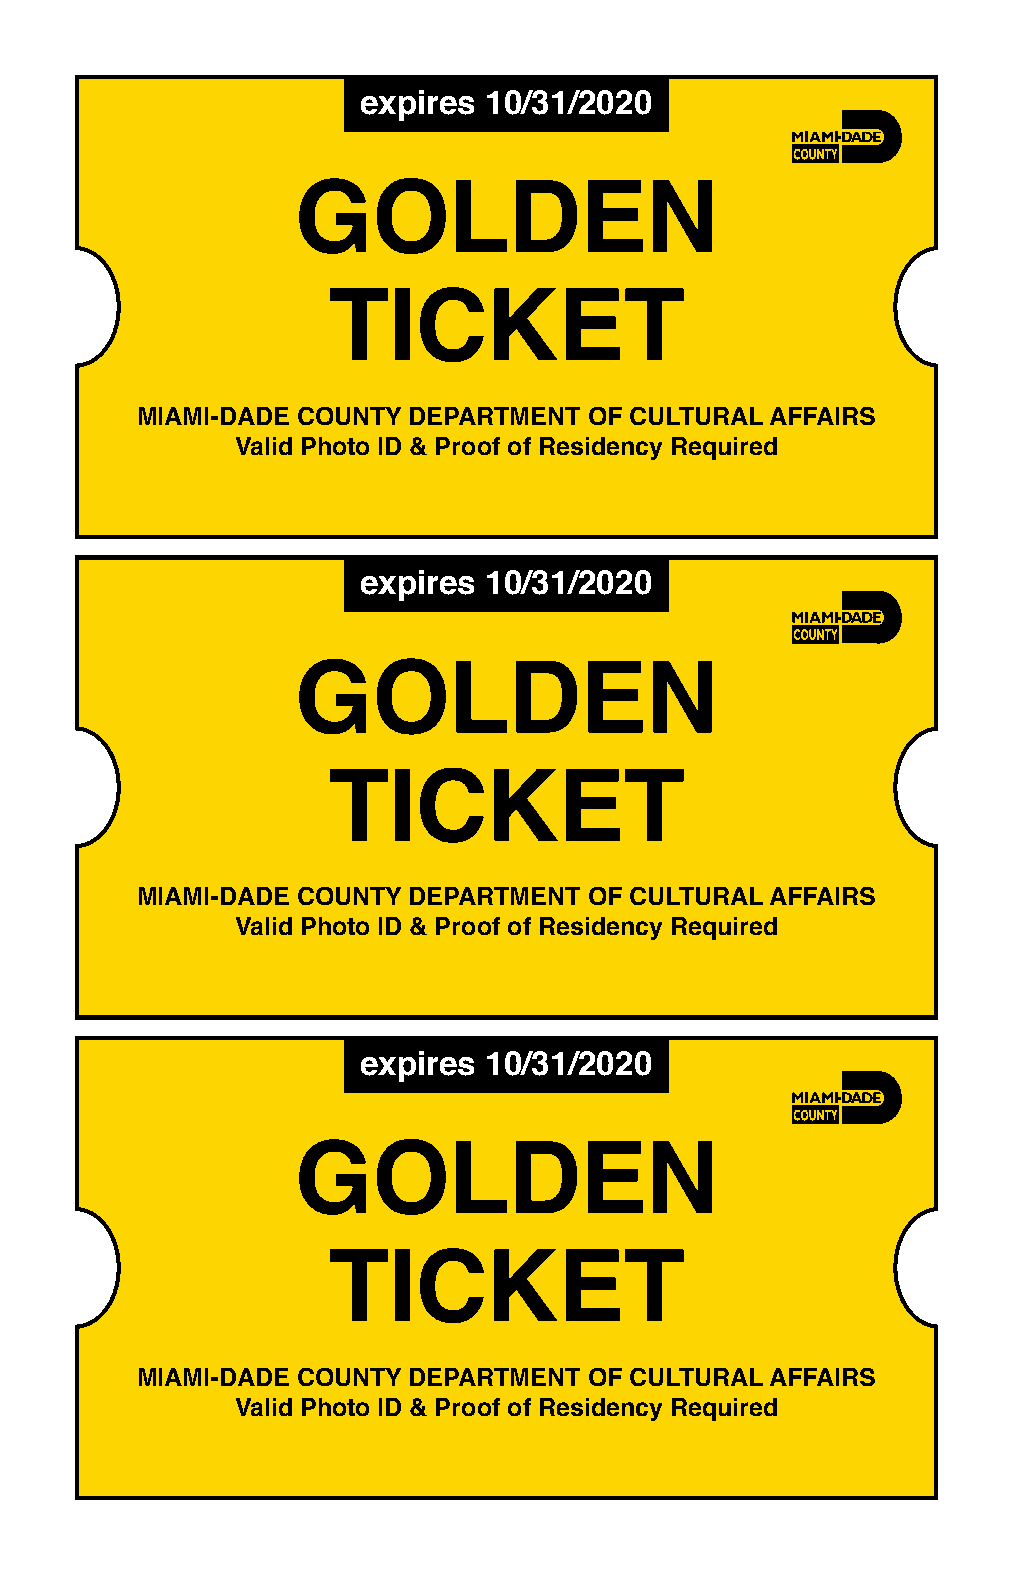
expires 10/31/2020
 GOLDEN
 TICKET
 MIAMI-DADE COUNTY DEPARTMENT  OF CULTURAL AFFAIRS
 Valid Photo ID & Proof of Residency Required
 expires 10/31/2020
 GOLDEN
 TICKET
 MIAMI-DADE COUNTY DEPARTMENT  OF CULTURAL AFFAIRS
 Valid Photo ID & Proof of Residency Required
 expires 10/31/2020
 GOLDEN
 TICKET
 MIAMI-DADE COUNTY DEPARTMENT  OF CULTURAL AFFAIRS
 Valid Photo ID & Proof of Residency Required